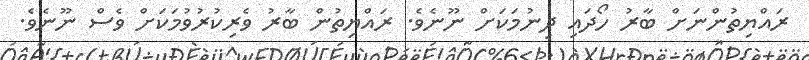
ރައްޔިތުންނަށް ބާރު ހޯދައި ދިނުމަކަށް ނޫނެވެ. ރައްޔިތުން ބާރު ވެރިކުރުވުމަކަށް ވެސް ނޫނެވެ.